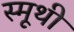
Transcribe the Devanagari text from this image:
स्मूथी